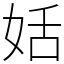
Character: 姡